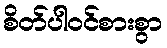
စိတ်ပါဝင်စားစွာ